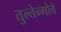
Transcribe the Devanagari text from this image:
तुल्तेन्गोचे